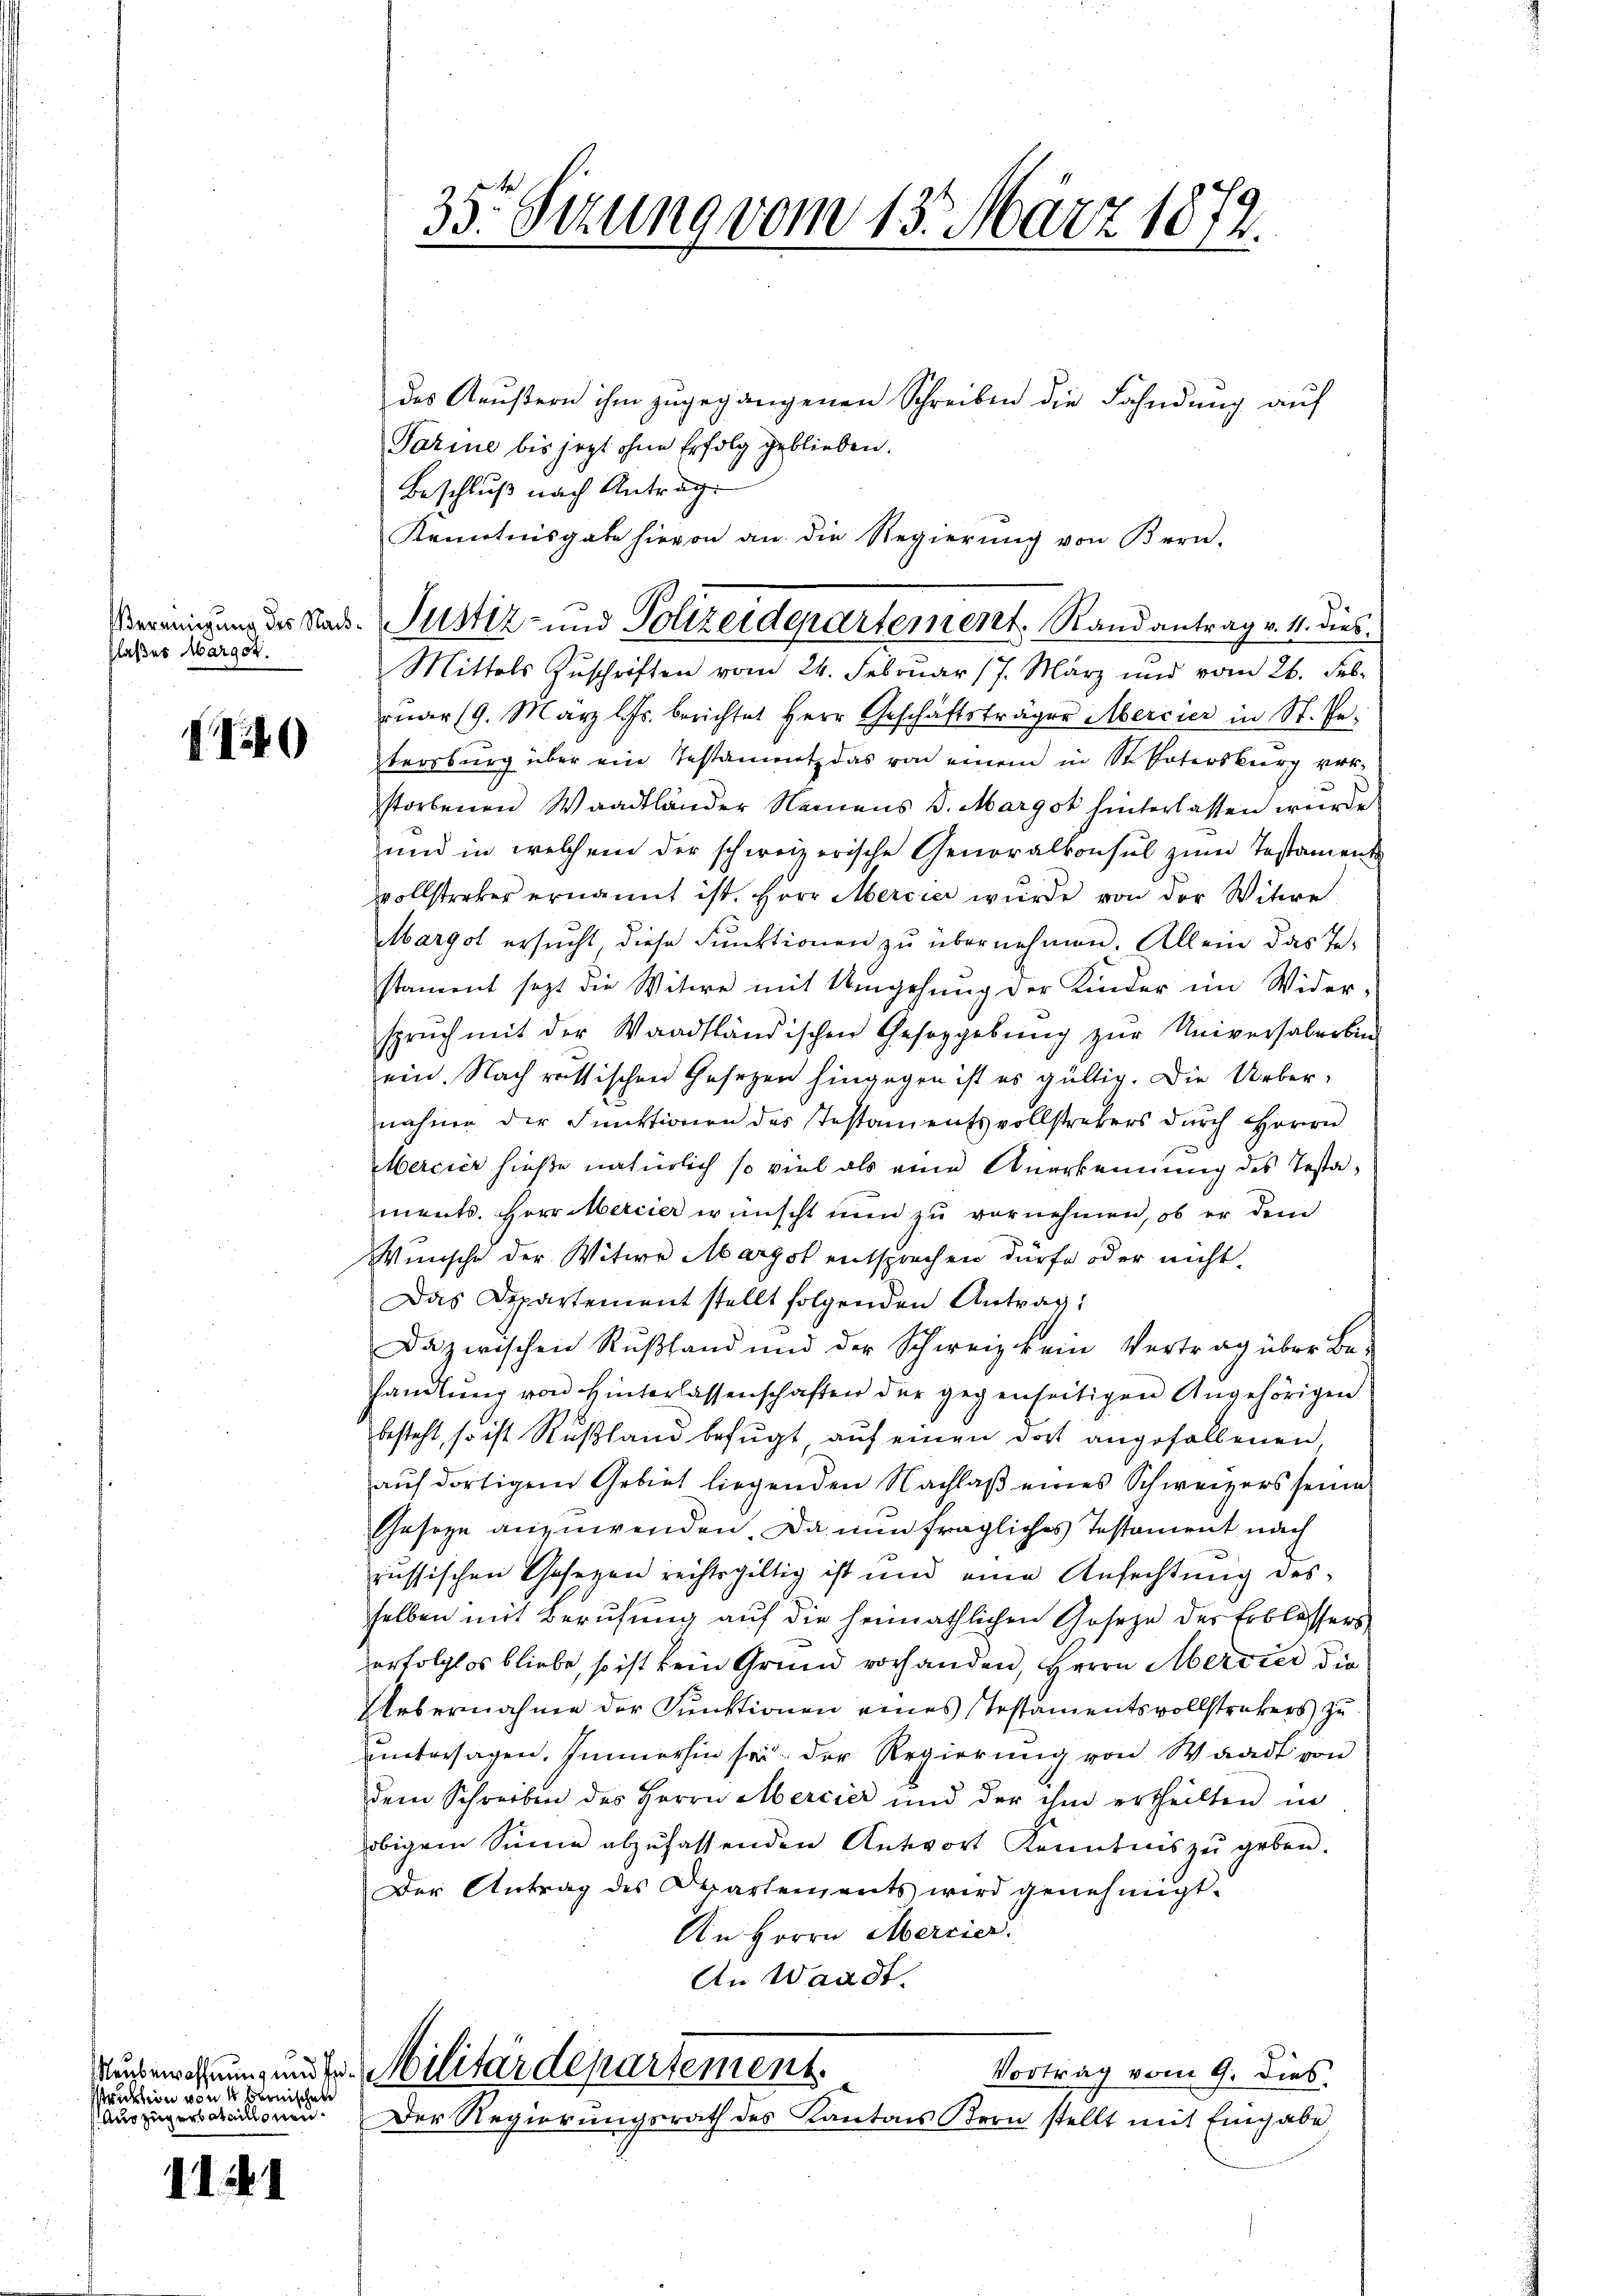
Vereinigung des Nachflaßes Marget.

9

uklin von 4 berischen
Auo zugerbataillonen.

111

des Aeußern ihm zugegangenen Schreiben die Fahndung auf
Tarine bis jezt ohne Erfolg geblieben.
Beschluß nach Antrag
Mittels Zuschriften vom 24. Februar 17. März und vom 26. Feb
ruar 19. März l. Js. berichtet Herr Geschäftsträger Mercier in St. Petersburg über ein Testammtz das von einem in Sr. Entersburg ver-
storbenen Waadtländer Namens 5. Margot hinterlassen wurde
und in welchem der schweizerische Generalkonsul zum Testament
vollstreker ernannt ist. Herr Mercier wurde von der Witwe
Margot ersucht diese Funktionen zu übernehmen. Allein das In-
stament sezt die Witwe mit Umgehung der Kinder im Widerspruch mit der Waadtländischen Geseggebung zur Universalerbin
ein. Nach russischen Gesetzen hingegen ist es gültig. Die Ueber-
nahme der Funktionen des Testamentsvollstrebers durch Herrn
Mercier hieße natürlich so viel als eine Anerkennung des Testaments. Herr Mercier wünscht nun zu vornehmen, ob er dem
Wünsche der Witwe Margot entsprechen dürfe oder nicht.
Das Departement stellt folgenden Antrag:
Dazwischen Rŭβhand und der Schweiz kein Vertrag über Be-
handlung von Hinterlassenschaften der gegenseitigen Angehörigen
besteht, so ist Rußland befugt auf einen dort angefallenen,
aŭf dortigem Gebiet liegenden Nachlaβ eines Schweizers seine
Geseze anzuwenden. Da nun fragliches Testament nach
russischen Gesezen rechtsgültig ist und eine Anfechtung des
selben mit Berufung auf die heimathlichen Gesetze des Erblassers
erfolglos bliebe, so ist kein Grund vorhanden, Herrn Mervier die
Uebernahme der Funktionen eines Testamentsvollstrekers zu
untersagen. Immerhin sei der Regierung von Waadt von
dem Schreiben des Herrn Mercier und der ihm ertheilten in
obigem Sinne abzufassenden Antwort Kenntnis zŭ geben.
Der Antrag des Departements wird genehmigt.
An Herrn Mercier.
An Waadt.
Wurberechtung undte Militärdepartement.
Vortrag vom 9. dies
Der Regierungsrath des Kantons Bern stellt mit Eingabe

35. Sizung vom 13. März 1872.

Kenntnisgabe hievon an die Regierŭng von Bern-
Justiz- und Polizeidepartement. Randantrag v. 11. dies